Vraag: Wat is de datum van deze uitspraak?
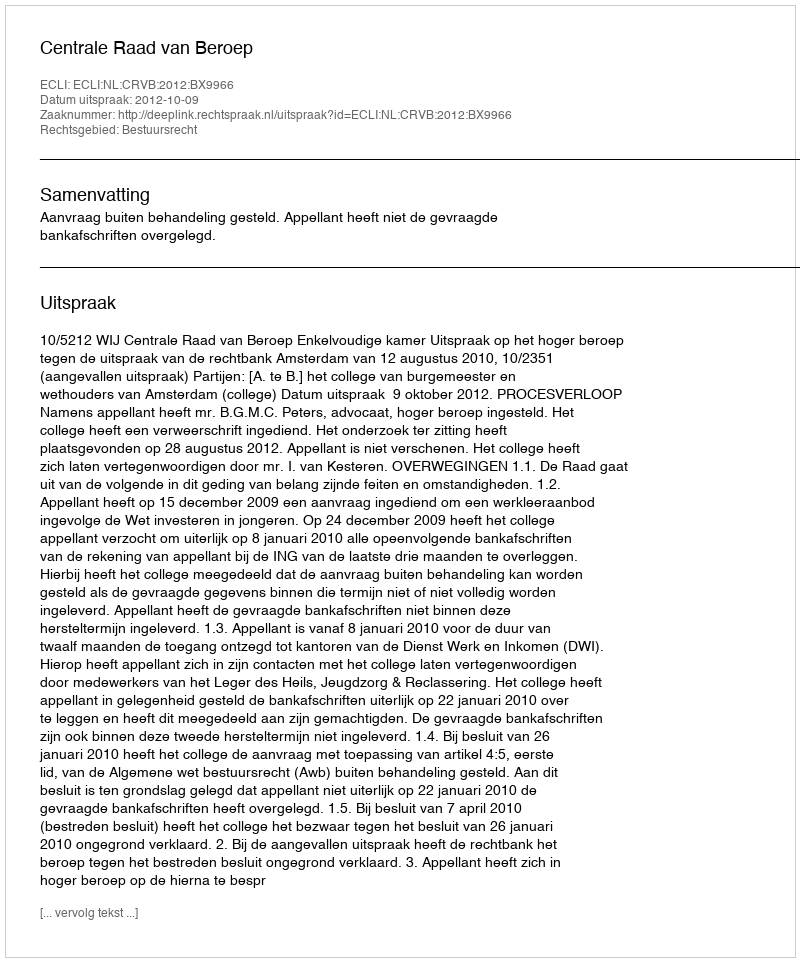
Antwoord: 2012-10-09